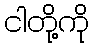
ငါတို့ကို